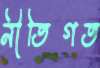
নীতিগত